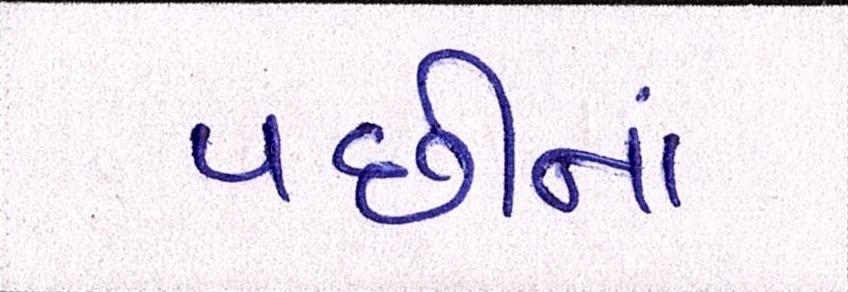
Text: પછીનાં